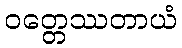
ဝတ္တေဿတာယံ